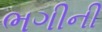
ભગીની